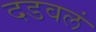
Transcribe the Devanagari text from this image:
दडवलं